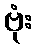
ဗုံး